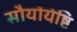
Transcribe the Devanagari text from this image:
सौर्योयेष्टि